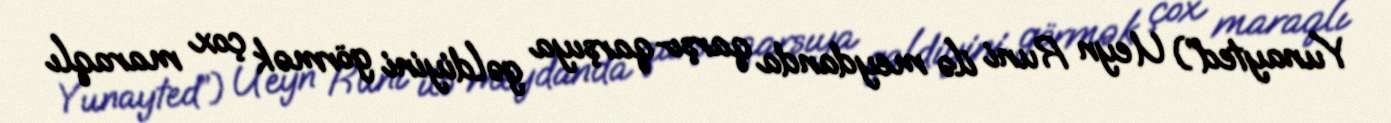
Yunayted”) Ueyn Runi ilə meydanda qarşı-qarşıya gəldiyini görmək çox maraqlı